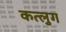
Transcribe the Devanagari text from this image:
कत्लुग